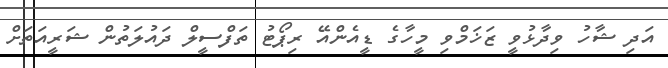
އަދި ޝާހު ވިދާޅުވީ ޒަޚަމްވި މީހާގެ ޑީއެންއޭ ރިޕޯޓު ތަފްސީލް ދައުލަތުން ޝަރީއަތަށް